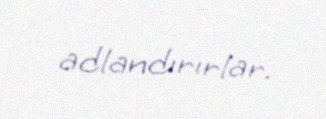
adlandırırlar.